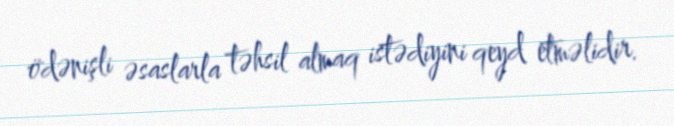
ödənişli əsaslarla təhsil almaq istədiyini qeyd etməlidir.